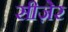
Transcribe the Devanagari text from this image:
सीज़ेर